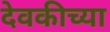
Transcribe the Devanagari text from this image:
देवकीच्या